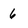
Character: 6